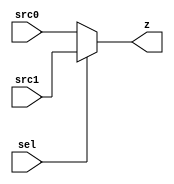
module gac_mux (sel, src0, src1, z);
  
  input sel;
  input src0;
  input src1;
  output reg z;
  

  always @(sel or src0 or src1)
      begin
        if (sel == 1'b0) z <= src0;
        else z <= src1;
      end
      // begin
      //   case (sel) 
      //   0 : z <= src0;
      //   1 : z <=src1;
      //   default : z <= src0;

      //   endcase
      // end
   
endmodule